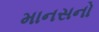
માનસનો